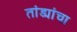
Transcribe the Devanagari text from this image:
तांड्यांचा